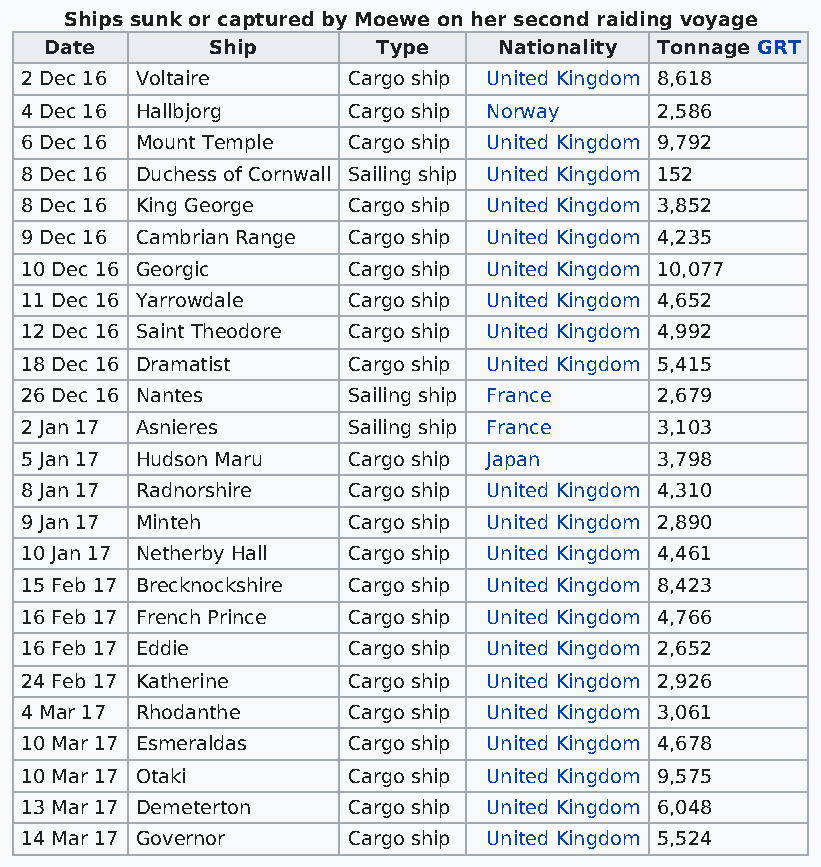
Ships sunk or captured by Moewe on her second raiding voyage
 Date       Ship       Type    Nationality Tonnage GRT
 2 Dec 16 Voltaire     Cargo ship United Kingdom 8,618
 4 Dec 16 Hallbjorg    Cargo ship Norway   2,586
 6 Dec 16 Mount Temple Cargo ship United Kingdom 9,792
 8 Dec 16 Duchess of Cornwall Sailing ship United Kingdom 152
 8 Dec 16 King George  Cargo ship United Kingdom 3,852
 9 Dec 16 Cambrian Range Cargo ship United Kingdom 4,235
 10 Dec 16 Georgic     Cargo ship United Kingdom 10,077
 11 Dec 16 Yarrowdale  Cargo ship United Kingdom 4,652
 12 Dec 16 Saint Theodore Cargo ship United Kingdom 4,992
 18 Dec 16 Dramatist   Cargo ship United Kingdom 5,415
 26 Dec 16 Nantes      Sailing ship France 2,679
 2 Jan 17 Asnieres     Sailing ship France 3,103
 5 Jan 17 Hudson Maru  Cargo ship Japan    3,798
 8 Jan 17 Radnorshire  Cargo ship United Kingdom 4,310
 9 Jan 17 Minteh       Cargo ship United Kingdom 2,890
 10 Jan 17 Netherby Hall Cargo ship United Kingdom 4,461
 15 Feb 17 Brecknockshire Cargo ship United Kingdom 8,423
 16 Feb 17 French Prince Cargo ship United Kingdom 4,766
 16 Feb 17 Eddie       Cargo ship United Kingdom 2,652
 24 Feb 17 Katherine   Cargo ship United Kingdom 2,926
 4 Mar 17 Rhodanthe    Cargo ship United Kingdom 3,061
 10 Mar 17 Esmeraldas  Cargo ship United Kingdom 4,678
 10 Mar 17 Otaki       Cargo ship United Kingdom 9,575
 13 Mar 17 Demeterton  Cargo ship United Kingdom 6,048
 14 Mar 17 Governor    Cargo ship United Kingdom 5,524